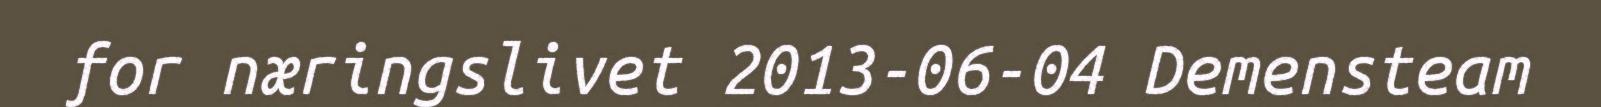
for næringslivet 2013-06-04 Demensteam